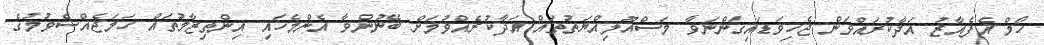
ހޯމް އެފެއާޒު އަދާކުރައްވަން ޖެހިވަޑައިގަންނަވާ މަސްއޫލިއްޔަތުތައް އަދާކުރެއްވުމަށް ބޭނުންވާ އެންމެހައި އިންތިޒާމުތައް ހަމަޖެއްސެވުމުގެ